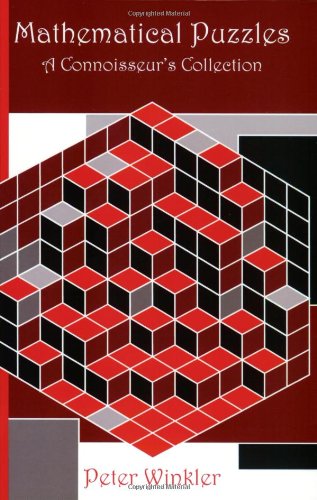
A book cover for Mathematical Puzzles: A Connoisseur's Collection; Peter Winkler; Humor & Entertainment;